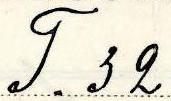
T. 32